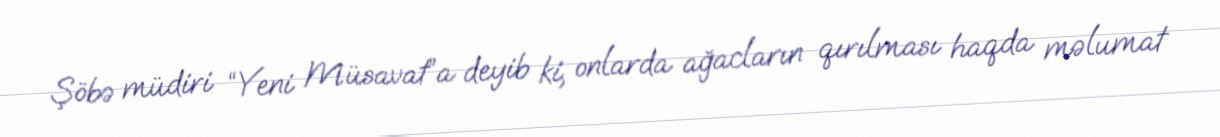
Şöbə müdiri “Yeni Müsavat”a deyib ki, onlarda ağacların qırılması haqda məlumat